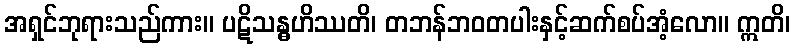
အရှင်ဘုရားသည်ကား။ ပဋိသန္ဓဟိဿတိ၊ တဘန်ဘဝတပါးနှင့်ဆက်စပ်အံ့လော။ ဣတိ၊